Leaving Certificate Examination, 1914
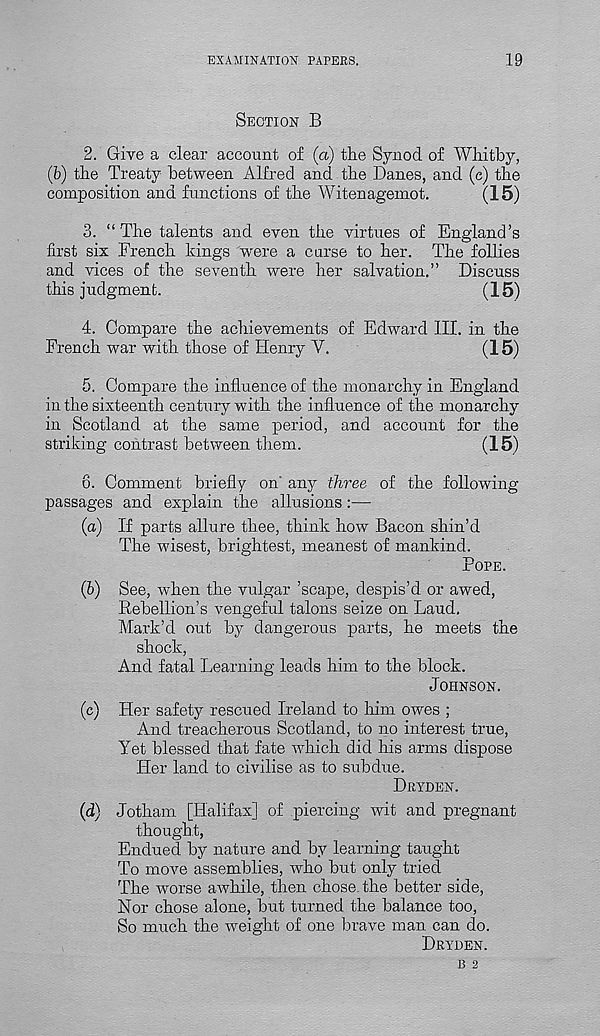
EXAMINATION PAPERS.
19
SECTION B
2. Give a clear account of (a) the Synod of Whitby,
(6) the Treaty between Alfred and the Danes, and (c) the
composition and functions of the Witenagemot.
(15)
3. “The talents and even the virtues of England’s
first six French kings were a curse to her. The follies
and vices of the seventh were her salvation.” Discuss
this judgment.
(15)
4. Compare the achievements of Edward III. in the
French war with those of Henry V.
(15)
5. Compare the influence of the monarchy in England
in the sixteenth century with the influence of the monarchy
in Scotland at the same period, and account for the
striking contrast between them.
(15)
6. Comment briefly on' any three of the following-
passages and explain the allusions:—
(а) If parts allure thee, think how Bacon shin’d
The wisest, brightest, meanest of mankind.
POPE.
(б) See, when the vulgar ’scape, despis’d or awed,
Rebellion’s vengeful talons seize on Laud.
Mark’d out by dangerous parts, he meets the
shock,
And fatal Learning leads him to the block.
JOHNSON.
(c) Her safety rescued Ireland to him owes ;
And treacherous Scotland, to no interest true,
Yet blessed that fate which did his arms dispose
Her land to civilise as to subdue.
DRYDEN.
(d) Jotham [Halifax] of piercing wit and pregnant
thought,
Endued by nature and by learning taught
To move assemblies, who but only tried
The worse awhile, then chose, the better side,
Nor chose alone, but turned the balance too,
So much the weight of one brave man can do.
DRYDEN.